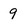
Character: 9